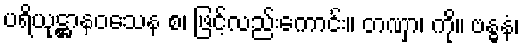
ပရိယုဋ္ဌာနဝသေန စ၊ ဖြင့်လည်းကောင်း။ တဏှာ၊ ကို။ ဗန္ဓနံ၊